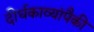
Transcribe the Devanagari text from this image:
दीर्घकाव्यांपैकी